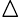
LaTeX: \vartriangle